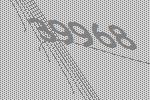
39968